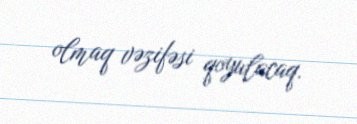
olmaq vəzifəsi qoyulacaq.